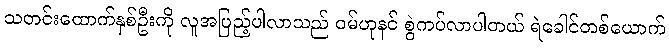
သတင်းထောက်နှစ်ဦးကို လူအပြည့်ပါလာသည် ဝမ်ဟုနင် စွဲကပ်လာပါတယ် ရဲခေါင်တစ်ယောက်